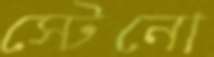
স্টেনো